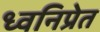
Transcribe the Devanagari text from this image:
ध्वनिप्रेत